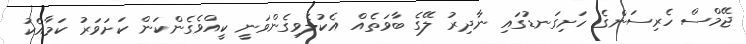
ޖޭމްސް ހެރިސަންގެ ހަށިގަނޑުގައި ނާދިރު ލޭގެ ބާވަތެއް އެކުލެވިގެންވަނީ ކީއްވެގެންކަން ކަށަވަރު ކަމާއެކު